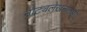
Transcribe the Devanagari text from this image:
नाट्यलेखनातही